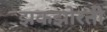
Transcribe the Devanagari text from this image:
झकझोरती